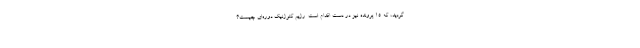
گردید، که ۱۵ پرونده نیز در دست اقدام است. رژیم کتوژنیک دوره‌ای چیست؟